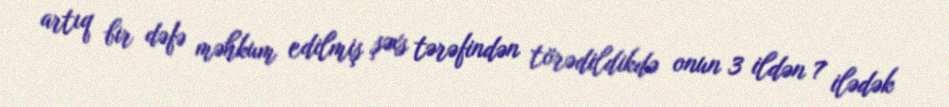
artıq bir dəfə məhkum edilmiş şəxs tərəfindən törədildikdə onun 3 ildən 7 ilədək